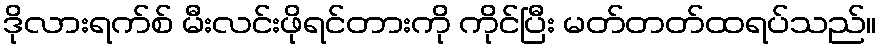
ဒိုလားရက်စ် မီးလင်းဖိုရင်တားကို ကိုင်ပြီး မတ်တတ်ထရပ်သည်။